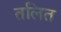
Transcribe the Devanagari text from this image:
तलित